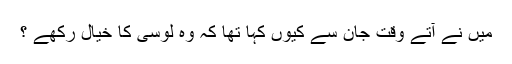
میں نے آتے وقت جان سے کیوں کہا تھا کہ وہ لوسی کا خیال رکھے ؟